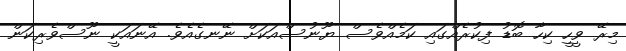
މިރޭ ވީހީ ކިހާ ބޮޑު ފިކުރެއްގައި ކަމެއްވެސް ޔޫނުސްއަކަށް ނޭނގެއެވެ. އޭނައަކީ ނޫސްވެރިކަން